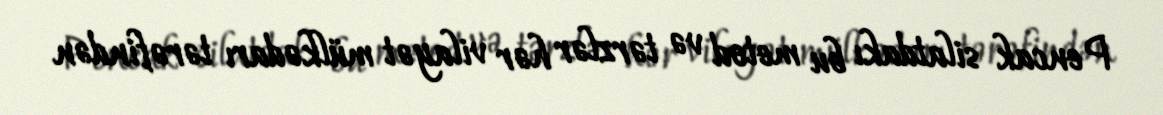
Pencak silatdakı bu metod və tərzlər hər vilayət mülkədarı tərəfindən